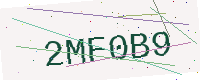
Text: 2MF0B9